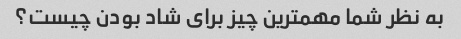
به نظر شما مهمترین چیز برای شاد بودن چیست؟